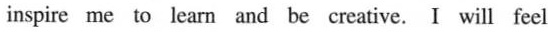
inspire me to learn and be creative. I will feel